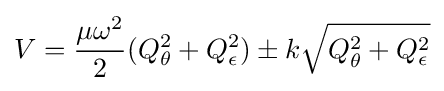
V={\frac {\mu \omega ^{2}}{2}}(Q_{\theta }^{2}+Q_{\epsilon }^{2})\pm k{\sqrt {Q_{\theta }^{2}+Q_{\epsilon }^{2}}}